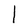
Character: I